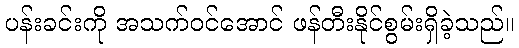
ပန်းခင်းကို အသက်ဝင်အောင် ဖန်တီးနိုင်စွမ်းရှိခဲ့သည်။